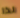
لذا